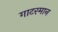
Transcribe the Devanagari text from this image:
गाटरमान